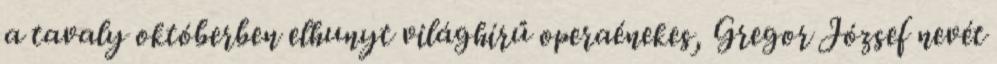
a tavaly októberben elhunyt világhírű operaénekes, Gregor József nevét